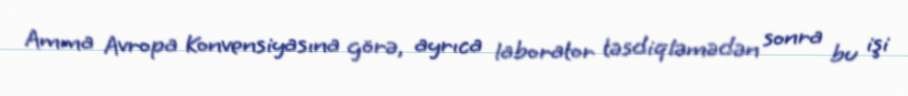
Amma Avropa Konvensiyasına görə, ayrıca laborator təsdiqləmədən sonra bu işi